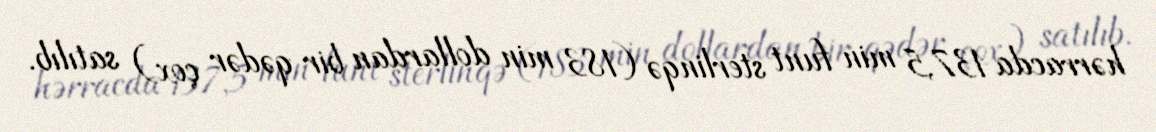
hərracda 137,5 min funt sterlinqə (183 min dollardan bir qədər çox) satılıb.